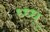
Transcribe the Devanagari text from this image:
ध्ध्ध्